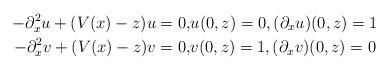
LaTeX: \begin{align*}-\partial_x^2 u + (V(x) -z) u =0,& u(0,z)=0, (\partial_x u)(0,z) = 1 \\-\partial_x^2 v + (V(x) -z) v =0, & v(0,z)=1, (\partial_x v)(0,z) = 0 \end{align*}